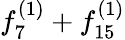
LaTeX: f_{7}^{(1)}+f_{15}^{(1)}